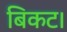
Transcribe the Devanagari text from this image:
बिकट।